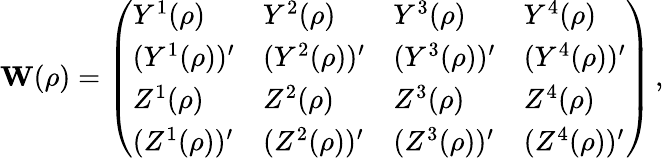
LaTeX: {\mathbf W}(\rho)=\left(\begin{array}{llll}{Y^{1}(\rho)}&{Y^{2}(\rho)}&{Y^{3}(\rho)}&{Y^{4}(\rho)}\\ {(Y^{1}(\rho))^{\prime}}&{(Y^{2}(\rho))^{\prime}}&{(Y^{3}(\rho))^{\prime}}&{(Y^{4}(\rho))^{\prime}}\\ {Z^{1}(\rho)}&{Z^{2}(\rho)}&{Z^{3}(\rho)}&{Z^{4}(\rho)}\\ {(Z^{1}(\rho))^{\prime}}&{(Z^{2}(\rho))^{\prime}}&{(Z^{3}(\rho))^{\prime}}&{(Z^{4}(\rho))^{\prime}}\end{array}\right)\, ,